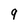
Character: 9